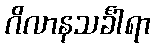
ဂိလာနသင်္ခါရာ